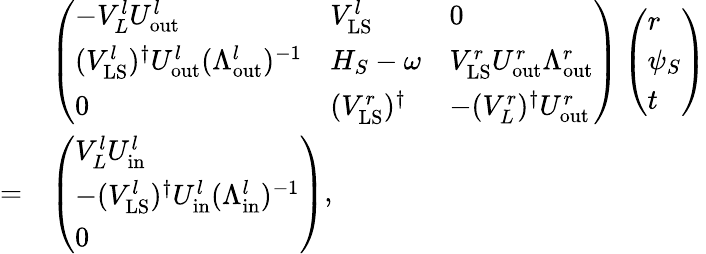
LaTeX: \begin{array}{rl}&{\left(\begin{array}{lll}{-V_{L}^{l}U_{\mathrm{out}}^{l}}&{V_{\mathrm{LS}}^{l}}&{0}\\ {(V_{\mathrm{LS}}^{l})^{\dagger}U_{\mathrm{out}}^{l}(\Lambda_{\mathrm{out}}^{l})^{-1}}&{H_{S}-\omega}&{V_{\mathrm{LS}}^{r}U_{\mathrm{out}}^{r}\Lambda_{\mathrm{out}}^{r}}\\ {0}&{(V_{\mathrm{LS}}^{r})^{\dagger}}&{-(V_{L}^{r})^{\dagger}U_{\mathrm{out}}^{r}}\end{array}\right)\left(\begin{array}{l}{r}\\ {\psi_{S}}\\ {t}\end{array}\right)}\\ {=}&{\left(\begin{array}{l}{V_{L}^{l}U_{\mathrm{in}}^{l}}\\ {-(V_{\mathrm{LS}}^{l})^{\dagger}U_{\mathrm{in}}^{l}(\Lambda_{\mathrm{in}}^{l})^{-1}}\\ {0}\end{array}\right),}\end{array}